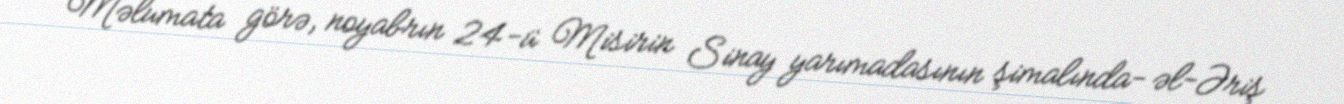
Məlumata görə, noyabrın 24-ü Misirin Sinay yarımadasının şimalında- əl-Əriş